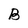
Character: B